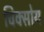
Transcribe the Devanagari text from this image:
चिक्सोय